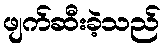
ဖျက်ဆီးခဲ့သည်